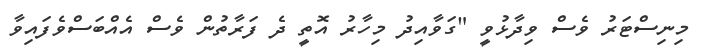
މިނިސްޓަރު ވެސް ވިދާޅުވީ "ގަވާއިދު މިހާރު އޮތީ ދެ ފަރާތުން ވެސް އެއްބަސްވެފައިވާ